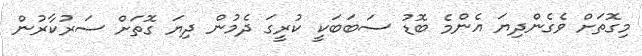
މިގޮތަށް ވެގެންދިޔަ އެންމެ ބޮޑު ސަބަބަކީ ކުރީގަ ދެމުން ދިޔަ ގޮތަށް ސަރުކާރުން